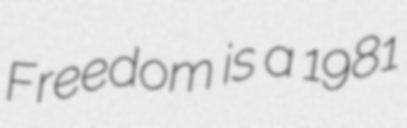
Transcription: Freedom is a 1981